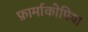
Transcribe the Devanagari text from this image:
फ़ार्माकोपिया